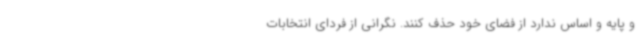
و پایه و اساس ندارد از فضای خود حذف کنند. نگرانی از فردای انتخابات